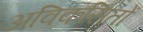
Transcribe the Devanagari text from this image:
अविकसितों